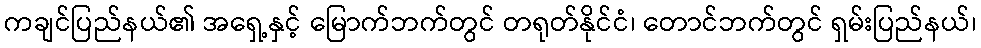
ကချင်ပြည်နယ်၏ အရှေ့နှင့် မြောက်ဘက်တွင် တရုတ်နိုင်ငံ၊ တောင်ဘက်တွင် ရှမ်းပြည်နယ်၊